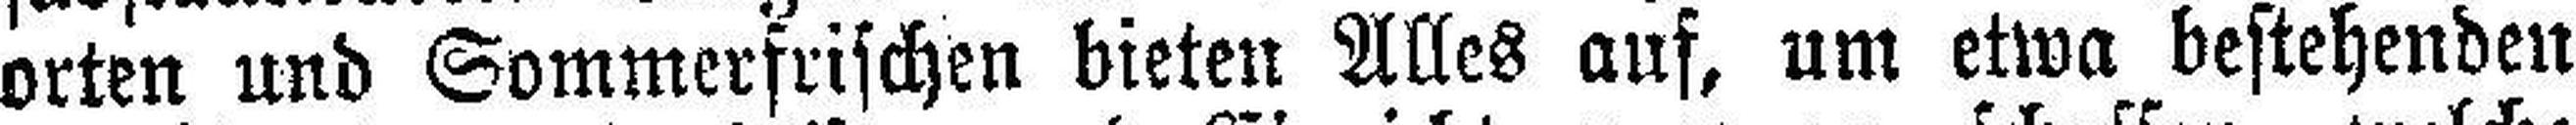
orten und Sommerfrischen bieten Alles auf, um etwa bestehenden